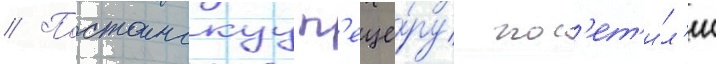
// Постоинскуу п'еще́ру пос'ет'и́л'и